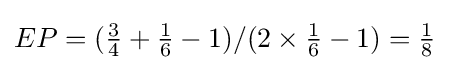
EP=({\tfrac {3}{4}}+{\tfrac {1}{6}}-1)/(2\times {\tfrac {1}{6}}-1)={\tfrac {1}{8}}